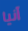
آنيا